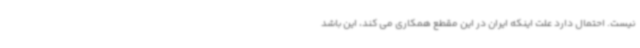
نیست. احتمال دارد علت اینکه ایران در این مقطع همکاری می کند، این باشد